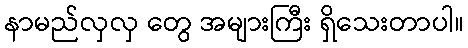
နာမည်လှလှ တွေ အများကြီး ရှိသေးတာပါ။